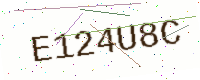
Text: E124U8C